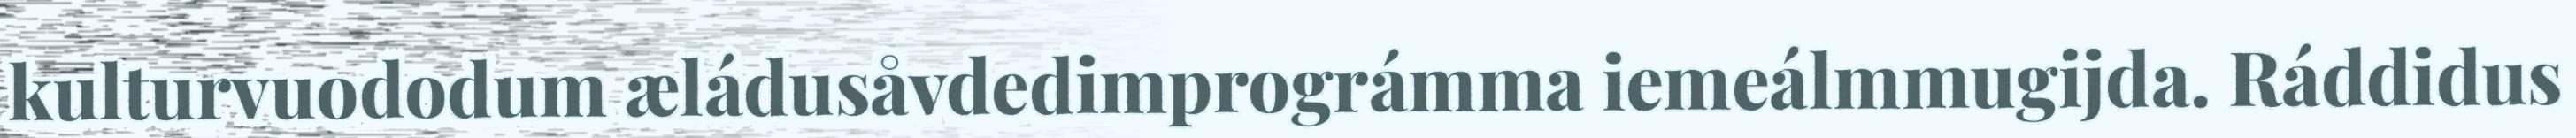
kulturvuododum æládusåvdedimprográmma iemeálmmugijda. Ráddidus